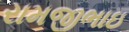
રામજીભાઇ